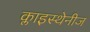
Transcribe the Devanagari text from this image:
क्लाइस्थेनीज